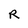
Character: R